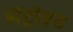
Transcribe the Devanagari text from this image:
सेंट्रोइड